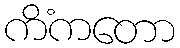
ကိံကတော